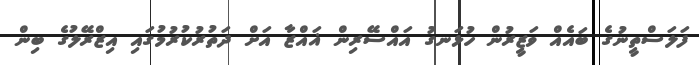
ފަލަސްތީނުގެ ބައެއް ވަޒީރުން ހުޅަނގު އައްސޭރިން ޣައްޒާ އަށް ދަތުރުކުރުމުގައި އިޒްރޭލުގެ ބިން